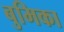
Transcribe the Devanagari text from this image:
बुमिका